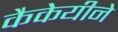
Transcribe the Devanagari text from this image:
कैकेयीने